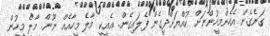
ގަނެގެން އެހެންމީހުންނަށް ކުއްޔަށްދީގެން ފެލައިގެން. ޢެއީކީ މާލެ މީހާއެއް ނޫން. މާލެ މީހުން